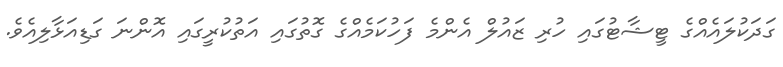
ގަދަކުލައެއްގެ ޓީޝާޓުގައި ހުރި ޒައުލް އެންމެ ފަހުކަމެއްގެ ގޮތުގައި އަތުކުރީގައި އޮންނަ ގަޑިއަޅާލިއެވެ.